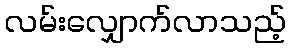
လမ်းလျှောက်လာသည့်